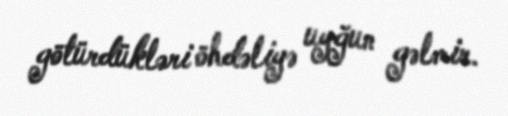
götürdükləri öhdəliyə uyğun gəlmir.